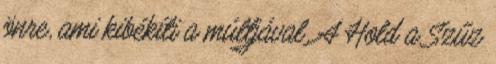
önre, ami kibékíti a múltjával. A Hold a Szűz